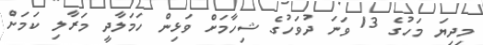
މިދިޔަ މަހުގެ 13 ވަނަ ދުވަހުގެ ޝިހާމަށް ވަޅިން ހަމަލާދީ މަރާލި ކަމަށް